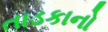
તાડકાનો